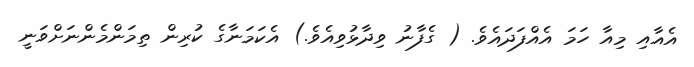
އެއާއި މިއާ ހަމަ އެއްފަދައެވެ. ( ގެފާނު ވިދާޅުވިއެވެ.) އެކަމަނާގެ ކުރިން ތިމަންމެންނަށްވަނީ